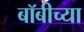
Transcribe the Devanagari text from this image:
बॉबीच्या